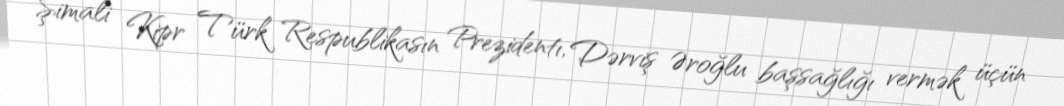
Şimali Kipr Türk Respublikasın Prezidentı, Dərviş Əroğlu başsağlığı vermək üçün